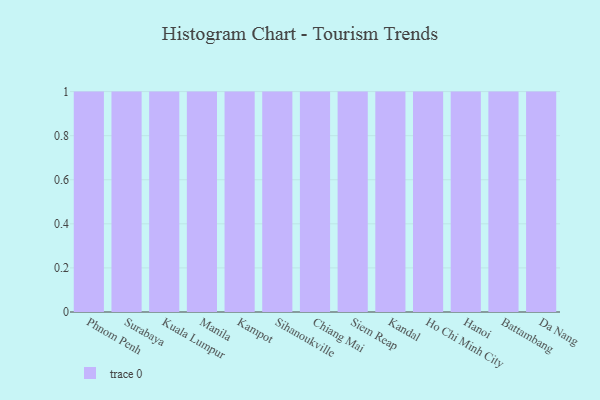
{"axis": {"x": "City", "y": "Satisfaction Score"}, "legend": [""], "data": [{"x": "Phnom Penh", "y": 65, "type": ""}, {"x": "Surabaya", "y": 74, "type": ""}, {"x": "Kuala Lumpur", "y": 7, "type": ""}, {"x": "Manila", "y": 52, "type": ""}, {"x": "Kampot", "y": 18, "type": ""}, {"x": "Sihanoukville", "y": 58, "type": ""}, {"x": "Chiang Mai", "y": 24, "type": ""}, {"x": "Siem Reap", "y": 69, "type": ""}, {"x": "Kandal", "y": 82, "type": ""}, {"x": "Ho Chi Minh City", "y": 94, "type": ""}, {"x": "Hanoi", "y": 91, "type": ""}, {"x": "Battambang", "y": 32, "type": ""}, {"x": "Da Nang", "y": 38, "type": ""}]}